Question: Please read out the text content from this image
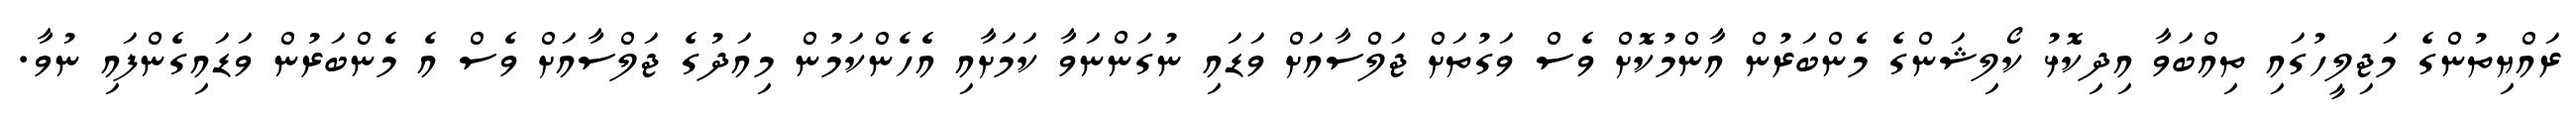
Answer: ރައްޔިތުންގެ މަޖިލީހުގައި ތިއްބަވާ އިދިކޮޅު ކޯލިޝަންގެ މެންބަރުން އާންމުކޮށް ވެސް ވަގުތަށް ޖަލްސާއަށް ވަޑައި ނުގަންނަވާ ކަމަށާއި އެހެންކަމުން މިއަދުގެ ޖަލްސާއަށް ވެސް އެ މެންބަރުން ވަޑައިގެންފައި ނުވާ.